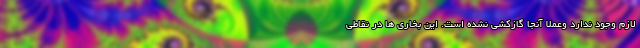
لازم وجود ندارد وعملا آنجا گازکشی نشده است. این بخاری ها در نقاطی